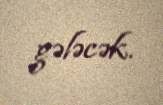
gələcək.